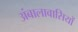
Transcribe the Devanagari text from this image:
अंबालावासियों